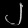
Digit: ၂